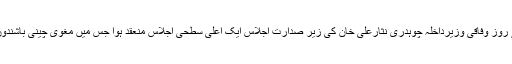
تفصیلات کے مطابق پیر کے روز وفاقی وزیرداخلہ چوہدری نثارعلی خان کی زیر صدارت اجلاس ایک اعلیٰ سطحی اجلاس منعقد ہوا جس میں مغوی چینی باشندوں کے معاملہ کا جائزہ لیا گیا۔